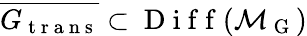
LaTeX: \overline{{G_{\mathrm{~t~r~a~n~s~}}}}\subset\mathrm{~D~i~f~f~}(\mathcal{M}_{\mathrm{~G~}})